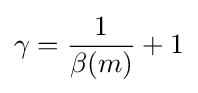
\gamma ={{1} \over {\beta (m)}}+1